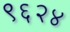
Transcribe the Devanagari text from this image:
९६२४